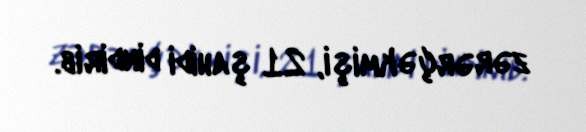
zərərçəkmişi, 21 şahidi dindirib.